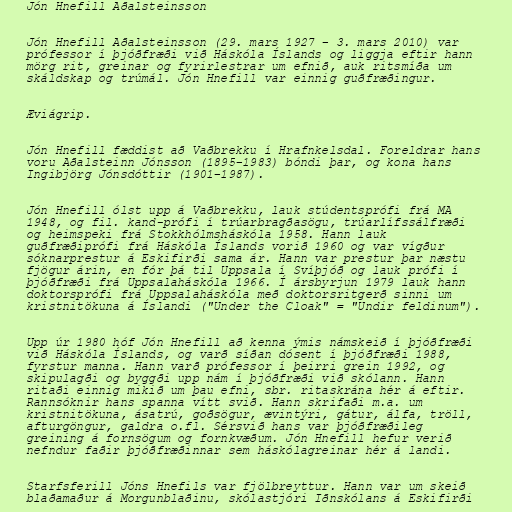
Jón Hnefill Aðalsteinsson

Jón Hnefill Aðalsteinsson (29. mars 1927 – 3. mars 2010) var
prófessor í þjóðfræði við Háskóla Íslands og liggja eftir hann
mörg rit, greinar og fyrirlestrar um efnið, auk ritsmíða um
skáldskap og trúmál. Jón Hnefill var einnig guðfræðingur.

Æviágrip.

Jón Hnefill fæddist að Vaðbrekku í Hrafnkelsdal. Foreldrar hans
voru Aðalsteinn Jónsson (1895–1983) bóndi þar, og kona hans
Ingibjörg Jónsdóttir (1901–1987).

Jón Hnefill ólst upp á Vaðbrekku, lauk stúdentsprófi frá MA
1948, og fil. kand-prófi í trúarbragðasögu, trúarlífssálfræði
og heimspeki frá Stokkhólmsháskóla 1958. Hann lauk
guðfræðiprófi frá Háskóla Íslands vorið 1960 og var vígður
sóknarprestur á Eskifirði sama ár. Hann var prestur þar næstu
fjögur árin, en fór þá til Uppsala í Svíþjóð og lauk prófi í
þjóðfræði frá Uppsalaháskóla 1966. Í ársbyrjun 1979 lauk hann
doktorsprófi frá Uppsalaháskóla með doktorsritgerð sinni um
kristnitökuna á Íslandi ("Under the Cloak" = "Undir feldinum").

Upp úr 1980 hóf Jón Hnefill að kenna ýmis námskeið í þjóðfræði
við Háskóla Íslands, og varð síðan dósent í þjóðfræði 1988,
fyrstur manna. Hann varð prófessor í þeirri grein 1992, og
skipulagði og byggði upp nám í þjóðfræði við skólann. Hann
ritaði einnig mikið um þau efni, sbr. ritaskrána hér á eftir.
Rannsóknir hans spanna vítt svið. Hann skrifaði m.a. um
kristnitökuna, ásatrú, goðsögur, ævintýri, gátur, álfa, tröll,
afturgöngur, galdra o.fl. Sérsvið hans var þjóðfræðileg
greining á fornsögum og fornkvæðum. Jón Hnefill hefur verið
nefndur faðir þjóðfræðinnar sem háskólagreinar hér á landi.

Starfsferill Jóns Hnefils var fjölbreyttur. Hann var um skeið
blaðamaður á Morgunblaðinu, skólastjóri Iðnskólans á Eskifirði